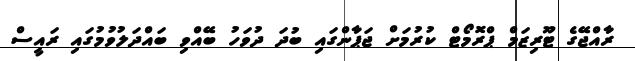
ރާއްޖޭގެ ޓޫރިޒަމް ޕްރޮމޯޓް ކުރުމަށް ޖަޕާންގައި ބުދަ ދުވަހު ބޭއްވި ބައްދަލުވުމުގައި ރައީސް